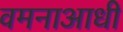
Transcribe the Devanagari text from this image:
वमनाआधी